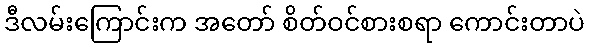
ဒီလမ်းကြောင်းက အတော် စိတ်ဝင်စားစရာ ကောင်းတာပဲ